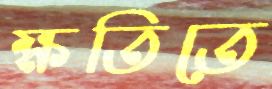
ক্ষতিতে